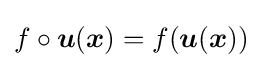
f\circ {\boldsymbol {u}}({\boldsymbol {x}})=f({\boldsymbol {u}}({\boldsymbol {x}}))